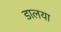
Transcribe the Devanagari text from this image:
डालया